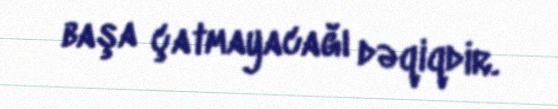
başa çatmayacağı dəqiqdir.